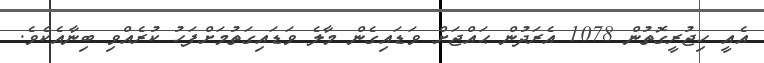
އެއީ ހިޖުރީގޮތުން 1078 އެރަދުން ޙައްޖަށް ވަޑައިގެން މާލެ ވަޑައިގަތުމަށްފަހު ކުރެއްވި ބިނާއެކެވެ.